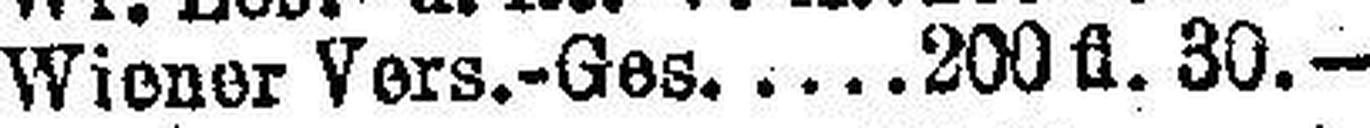
Wiener Vers.-Ges. 200 fl. 30.—